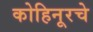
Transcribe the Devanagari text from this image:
कोहिनूरचे